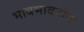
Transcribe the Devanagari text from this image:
भावभावनांचा